Source: Handwritten
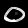
Digit: ၀ (0)